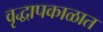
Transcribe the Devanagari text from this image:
वृद्धापकाळात